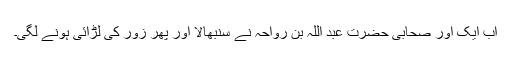
اب ایک اور صحابی حضرت عبد اللہؓ بن رواحہ نے سنبھالا اور پھر زور کی لڑائی ہونے لگی۔